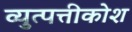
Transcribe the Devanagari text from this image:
व्युत्पत्तीकोश